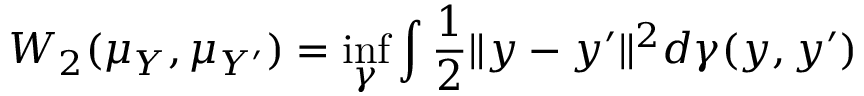
W _ { 2 } ( \mu _ { Y } , \mu _ { Y ^ { \prime } } ) = \operatorname* { i n f } _ { \gamma } \int \frac { 1 } { 2 } \| y - y ^ { \prime } \| ^ { 2 } d \gamma ( y , y ^ { \prime } )